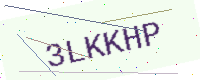
Text: 3LKKHP